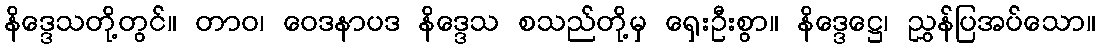
နိဒ္ဒေသတို့တွင်။ တာဝ၊ ဝေဒနာပဒ နိဒ္ဒေသ စသည်တို့မှ ရှေးဦးစွာ။ နိဒ္ဒေဋ္ဌေ၊ ညွှန်ပြအပ်သော။